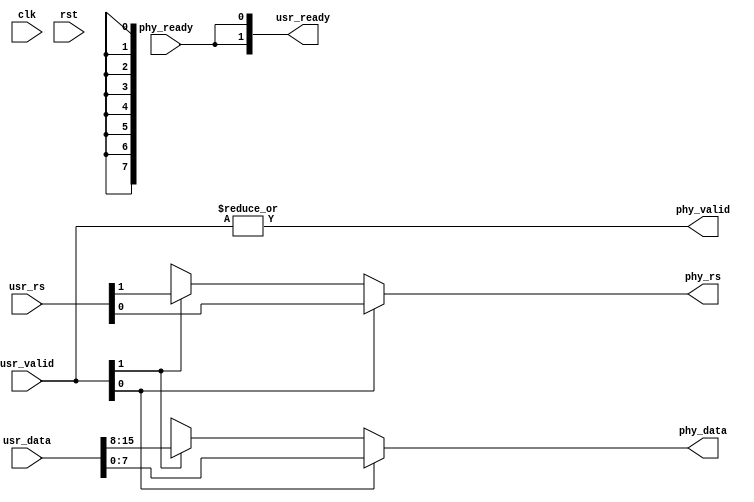
/*
 * lcd_phy_mux.v
 *
 * vim: ts=4 sw=4
 *
 * Copyright (C) 2022  Sylvain Munaut <tnt@246tNt.com>
 * SPDX-License-Identifier: CERN-OHL-P-2.0
 */

`default_nettype none

module lcd_phy_mux #(
	parameter integer N = 2
)(
	// To actual PHY
	output reg  [7:0] phy_data,
	output reg        phy_rs,
	output wire       phy_valid,
	input  wire       phy_ready,

	// From users
	input  wire [8*N-1:0] usr_data,
	input  wire [  N-1:0] usr_rs,
	input  wire [  N-1:0] usr_valid,
	output wire [  N-1:0] usr_ready,

	// Clock / Reset
	input  wire clk,
	input  wire rst
);

	integer i;

	always @(*)
	begin
		// Defaults
		phy_data = 8'hxx;
		phy_rs   = 1'bx;

		// Priority to low indexes
		for (i=N-1; i>=0; i=i-1)
		begin
			if (usr_valid[i])
			begin
				phy_data = usr_data[8*i+:8];
				phy_rs   = usr_rs[i];
			end
		end
	end

	assign phy_valid = |usr_valid;

	assign usr_ready = { N{phy_ready} };


endmodule // lcd_phy_mux